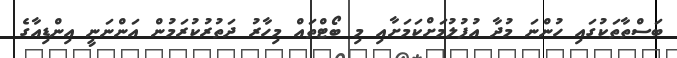
ބަސްތާތަކުގައި ހުންނަ މުދާ އުފުލުމަށްކަމަށާއި މި ބޯޓްތައް މިހާރު ދަތުރުކުރަމުން އަންނަނީ އިންޑިއާގެ